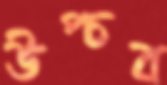
উপ্‌চব